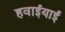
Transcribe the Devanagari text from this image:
हवाईयाई